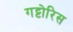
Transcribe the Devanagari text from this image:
गट्टोरिस